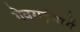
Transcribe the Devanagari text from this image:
गेवराईमार्गे